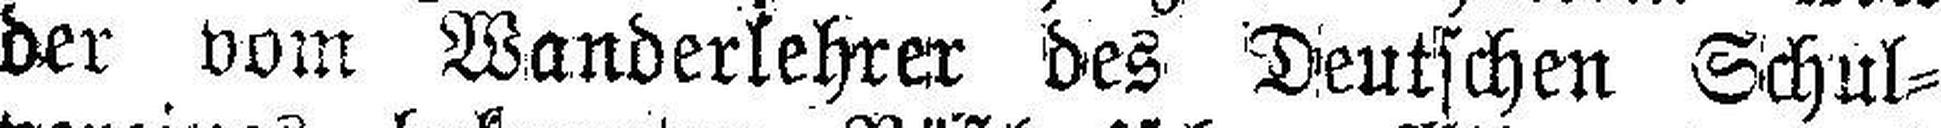
der vom Wanderlehrer des Deutschen Schul¬